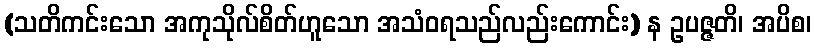
(သတိကင်းသော အကုသိုလ်စိတ်ဟူသော အသံဝရသည်လည်းကောင်း) န ဥပဇ္ဇတိ၊ အပိစ၊